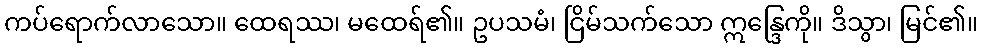
ကပ်ရောက်လာသော။ ထေရဿ၊ မထေရ်၏။ ဥပသမံ၊ ငြိမ်သက်သော ဣန္ဒြေကို။ ဒိသွာ၊ မြင်၏။